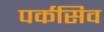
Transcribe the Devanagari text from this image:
पर्कसिव